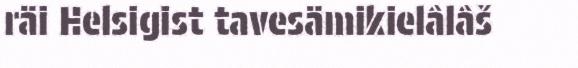
räi Helsigist tavesämikielâlâš